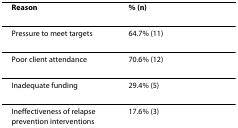
<table><thead><tr><td><b>Reason</b></td><td><b>% (n)</b></td></tr></thead><tbody><tr><td>Pressure to meet targets</td><td>64.7% (11)</td></tr><tr><td>Poor client attendance</td><td>70.6% (12)</td></tr><tr><td>Inadequate funding</td><td>29.4% (5)</td></tr><tr><td>Ineffectiveness of relapse prevention interventions</td><td>17.6% (3)</td></tr></tbody></table>